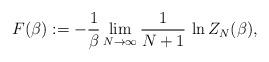
LaTeX: \begin{align*}F(\beta ):=-\frac{1}{\beta }\lim_{N\to\infty }\frac{1}{N+1}\,\ln Z_{N}(\beta),\end{align*}